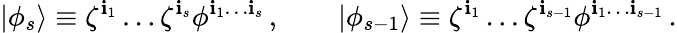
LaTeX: |\phi_{s}\rangle\equiv\zeta^{\mathbf{i}_{1}}\ldots\zeta^{\mathbf{i}_{s}}\phi^{\mathbf{i}_{1}\ldots\mathbf{i}_{s}}\, ,\qquad|\phi_{s-1}\rangle\equiv\zeta^{\mathbf{i}_{1}}\ldots\zeta^{\mathbf{i}_{s-1}}\phi^{\mathbf{i}_{1}\ldots\mathbf{i}_{s-1}}\, .